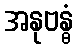
အနုဗန္ဓံ